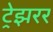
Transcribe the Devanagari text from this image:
ट्रेझरर